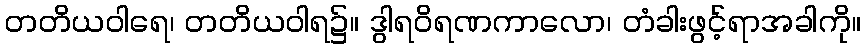
တတိယဝါရေ၊ တတိယဝါရ၌။ ဒွါရဝိရဏကာလော၊ တံခါးဖွင့်ရာအခါကို။